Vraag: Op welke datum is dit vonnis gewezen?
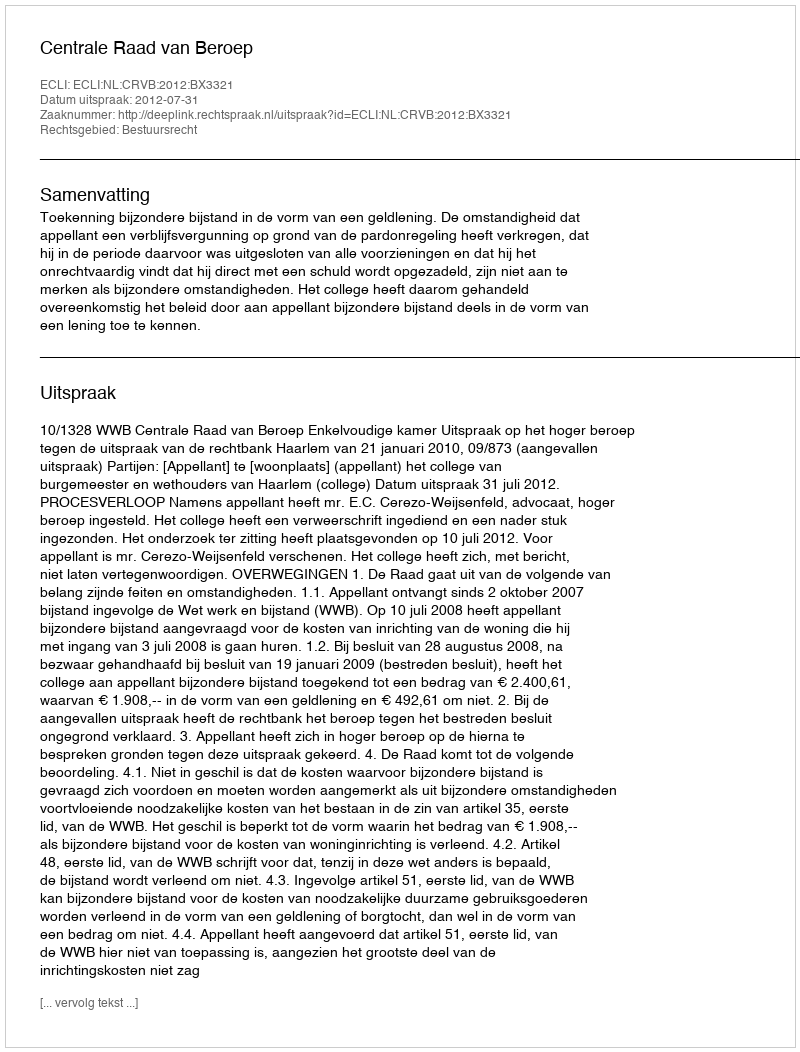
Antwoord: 2012-07-31